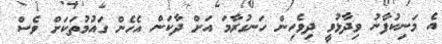
އެ މަނިކުފާނު ވިދާޅުވީ ދިވެހިން ހަނގުރާމަ އަށް ދާކަން އެހެން ގައުމުތަކަށް ވެސް